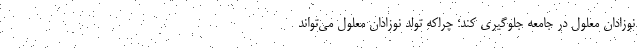
نوزادان معلول در جامعه جلوگیری کند؛ چراکه تولد نوزادان معلول می‌تواند